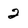
Character: 2